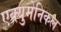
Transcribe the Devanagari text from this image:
एक्युमेनिकल